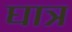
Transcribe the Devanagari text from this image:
घात्र